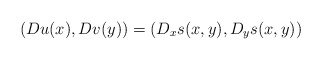
\begin{align*} (Du(x),Dv(y)) = (D_x s(x,y), D_y s(x,y))\end{align*}